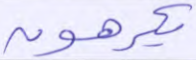
يكرهون